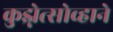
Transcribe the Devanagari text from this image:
कुझ्नेत्सोव्हाने